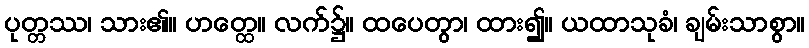
ပုတ္တဿ၊ သား၏။ ဟတ္ထေ။ လက်၌။ ထပေတွာ၊ ထား၍။ ယထာသုခံ၊ ချမ်းသာစွာ။